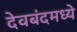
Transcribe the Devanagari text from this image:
देवबंदमध्ये